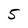
Character: 5